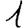
Digit: 1